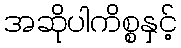
အဆိုပါကိစ္စနှင့်